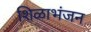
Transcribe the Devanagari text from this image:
शिळाभंजन